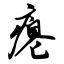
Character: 瘪